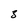
Character: 3